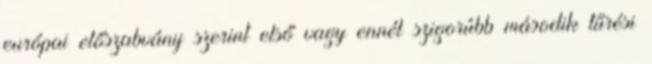
európai előszabvány szerint első vagy ennél szigorúbb második tűrési